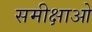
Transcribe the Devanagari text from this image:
समीक्षाओ